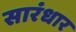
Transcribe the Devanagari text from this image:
सारंधार